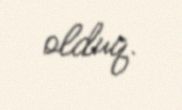
olduq.